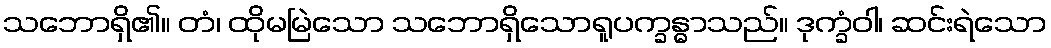
သဘောရှိ၏။ တံ၊ ထိုမမြဲသော သဘောရှိသောရူပက္ခန္ဓာသည်။ ဒုက္ခံဝါ၊ ဆင်းရဲသော